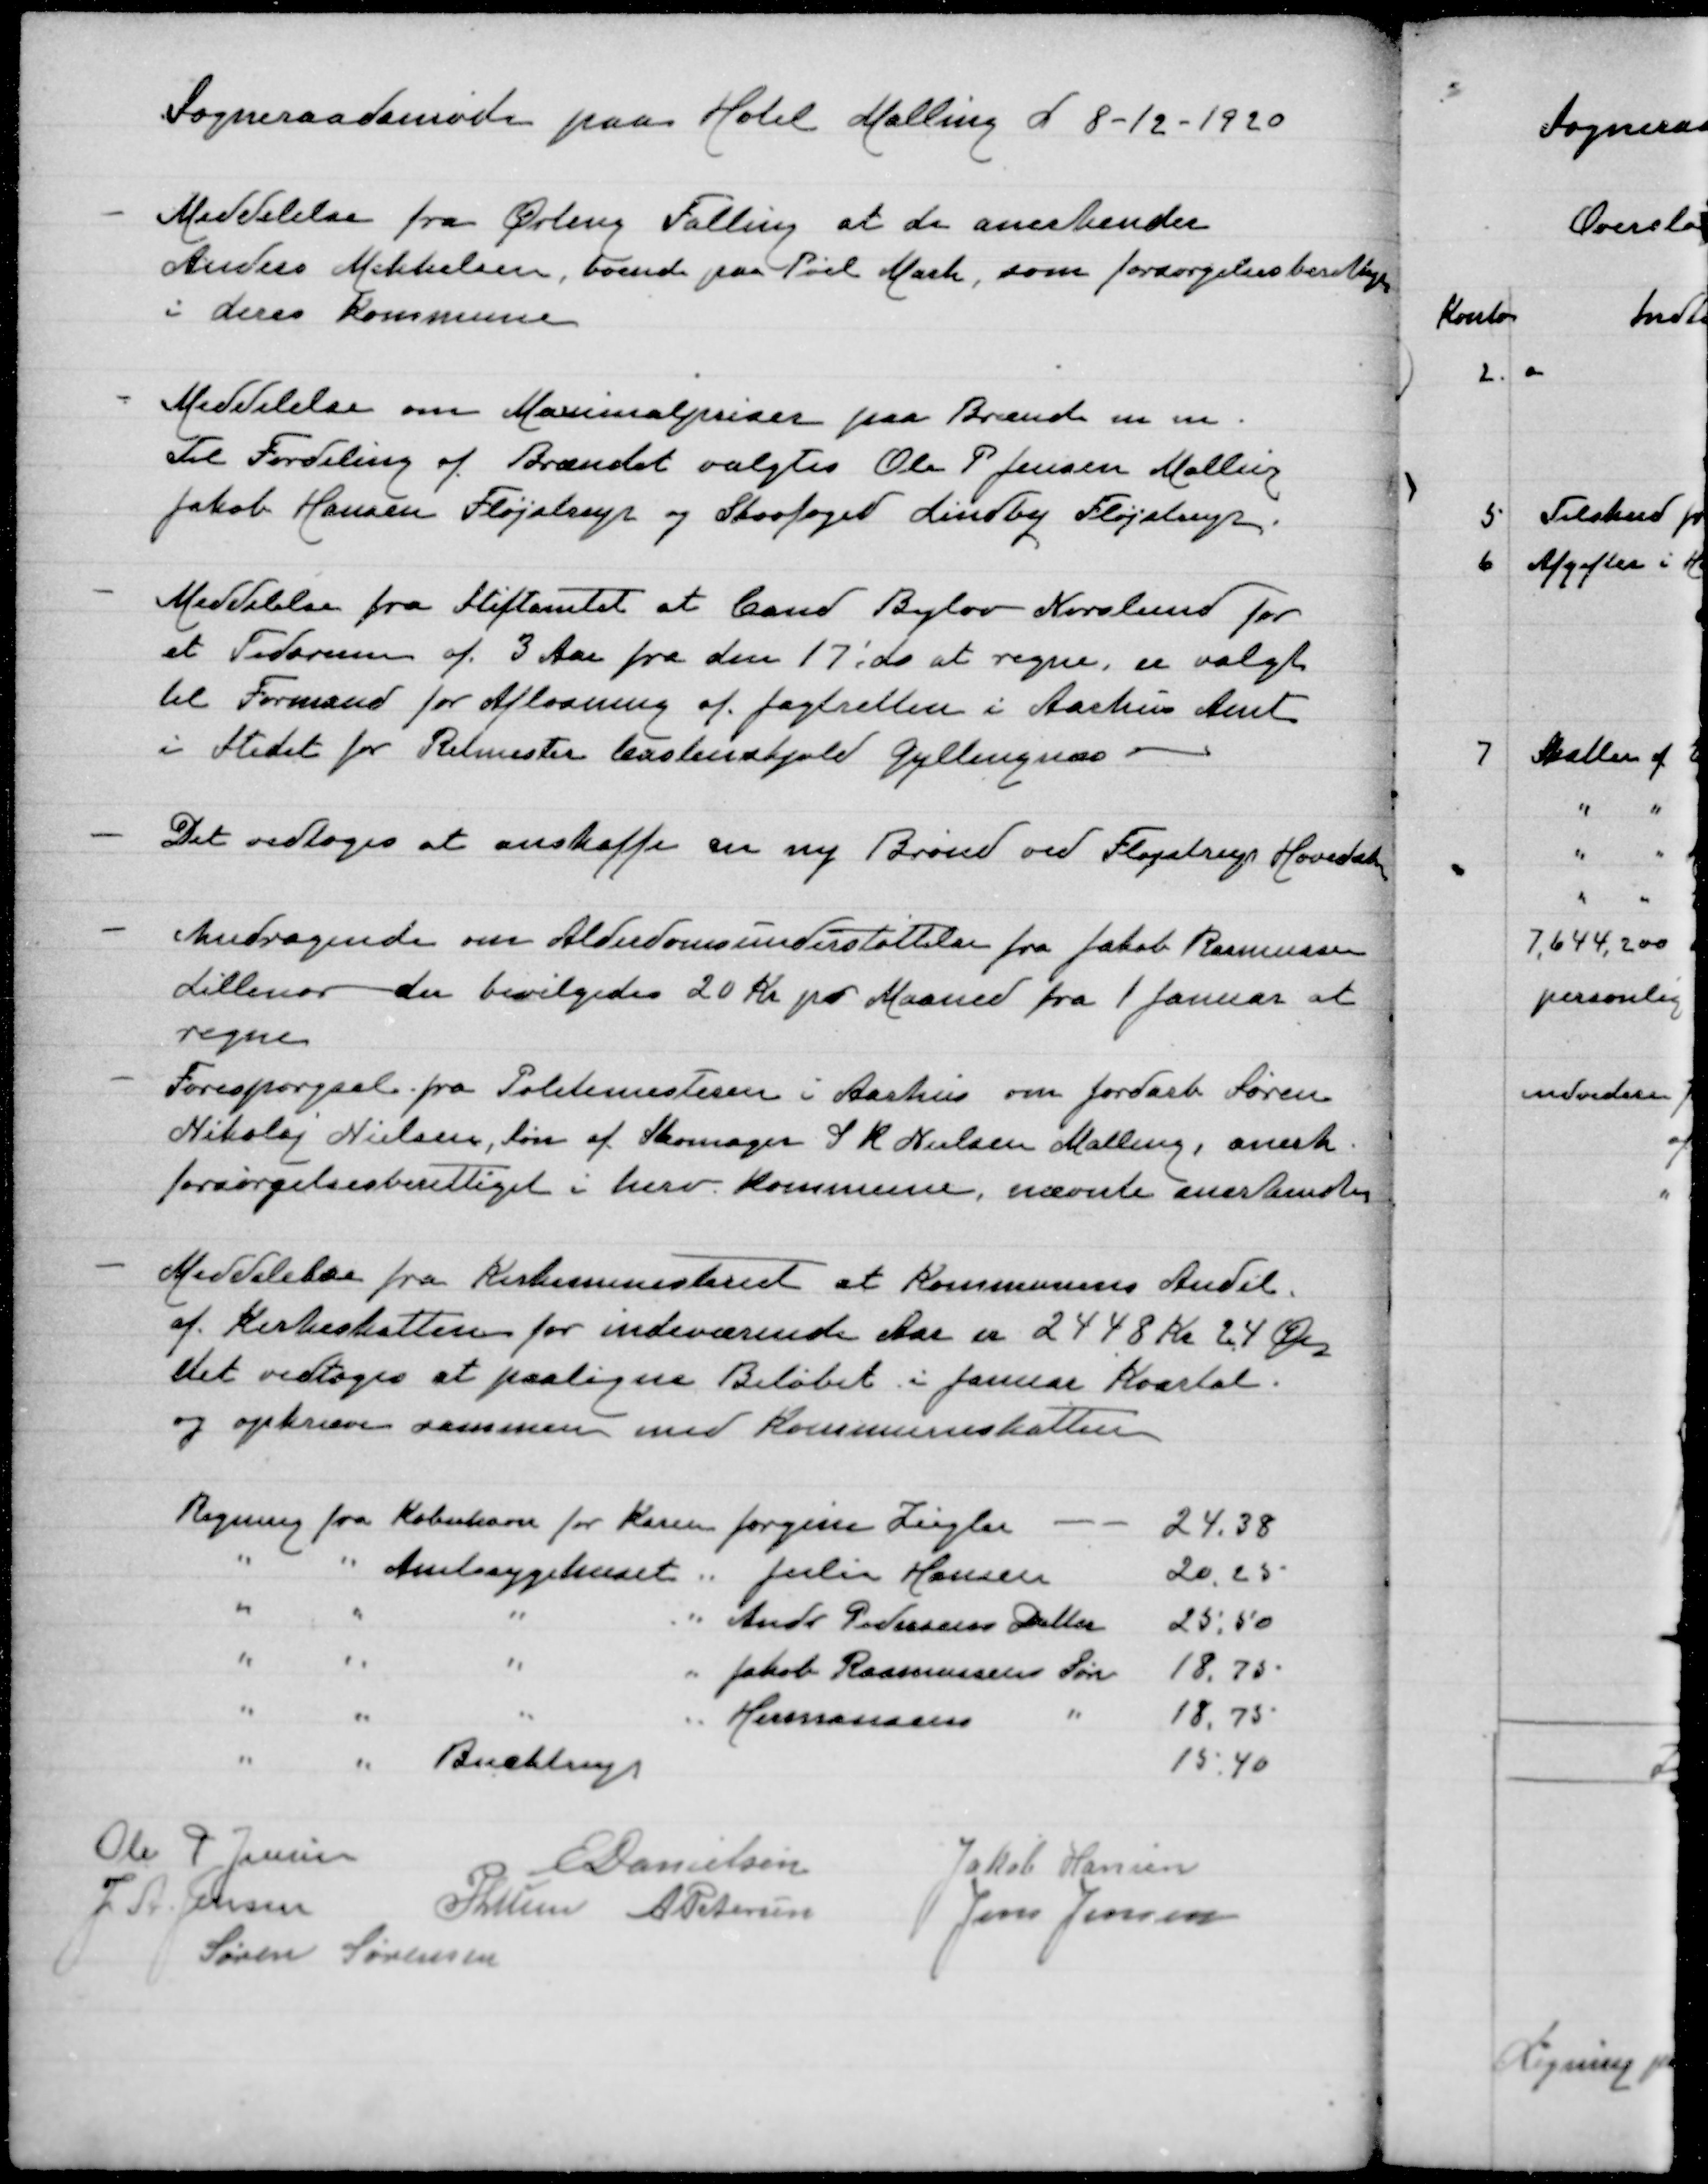
Transskription:
Sogneraadsmøde paa Hotel Malling d. 8-12-1920

Meddelelse fra Ørting Falling at de arekender
Anders Mikkelsen, boende paa Pøel Mark, som forsørgelsesberettiget
i deres Kommune

Meddelelse om Maximalpriser paa Brænde m m.
Til Fordeling af Brændet valgtes Ole P Jensen Malling
Jakob Hansen Fløjstrup og Skovfoged Lindby Fløjstrup.

Meddelelse fra Stiftamtet at Cand. Bylov Norslund for
et Tidsrum af 3 Aar fra deb 17;de at regne, er valgt
til Formand for Afløsning af jagtretten i Aarhus Amt
i stedet for Ritmester Castenskjold Gyllingnæs

Det vedtoges at anskaffe en ny Brønd ved Fløjstrup Hovedst

Andragende om Alderdomsunderstøttelse fra Jakob Rasmussen
Lillenor der bevilgedes 20 Kr pr Maaned fra 1. januar at
regne
Forespørgsel fra Politimesteren i Aarhus om jordarb Søren
Nikolaj Nielsen, Søn af Skomager J K Nielsen Malling, anerk
forsørgelsesberettiget i herv Kommune, nævnte anerkendtes

Meddelelse fra Kirkeministeriet at Kommunens Andel
af Kirkeskatten for indeværende Aar er 2448 Kr 24 Øre
det vedtoges at paaligne Beløbet i januar Kvartal.
og opkræver sammen med Kommuneskatten

Ole P Jensen
E Danielsen
Jakob Hansen
J A. Jensen
P Lunn
A Petersen
Jens Jensen
Søren Sørensen